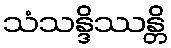
သံသန္ဒိဿန္တိ